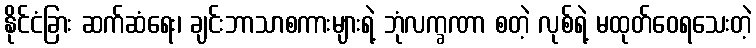
နိုင်ငံခြား ဆက်ဆံရေး၊ ချင်းဘာသာစကားများရဲ့ ဘုံလက္ခဏာ စတဲ့ လုစ်ရဲ့ မထုတ်ဝေရသေးတဲ့